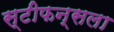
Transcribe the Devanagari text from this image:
स्टीफन्सला